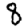
Digit: 8